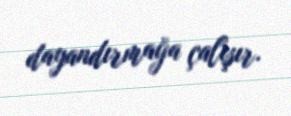
dayandırmağa çalışır.